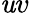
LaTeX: \mathit{u}v